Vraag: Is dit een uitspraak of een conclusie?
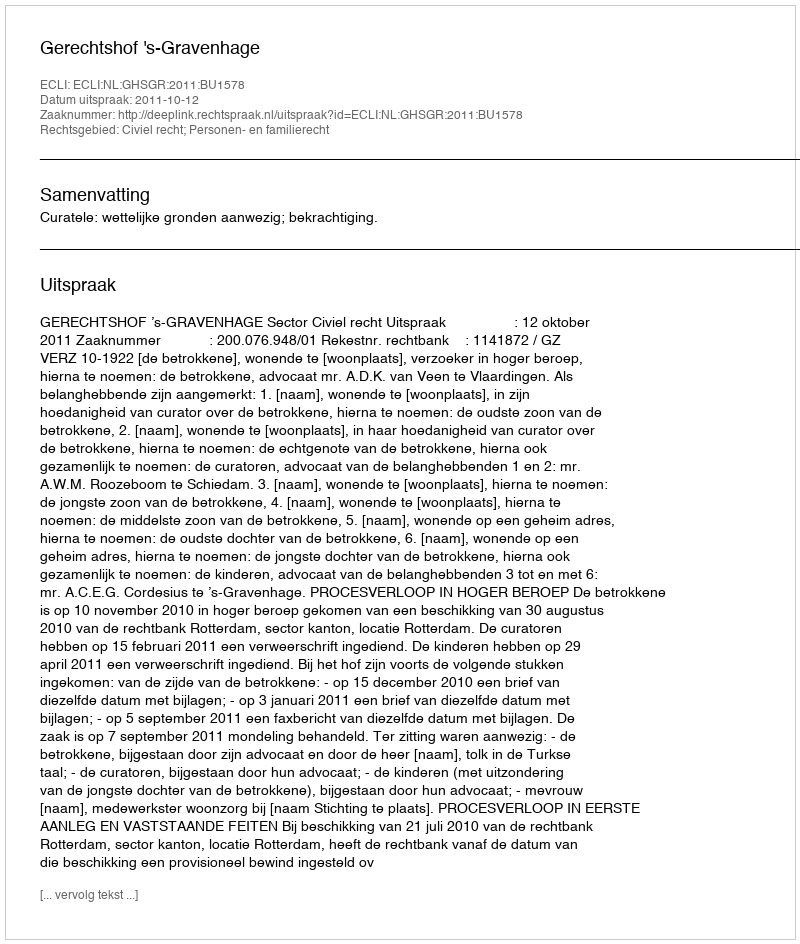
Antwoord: Uitspraak